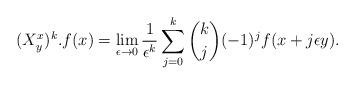
LaTeX: \begin{align*}(X_y^x)^k.f(x) = \lim_{\epsilon \to 0} \frac{1}{\epsilon^k} \sum_{j=0}^{k} \binom{k}{j}(-1)^j f(x+j\epsilon y).\end{align*}